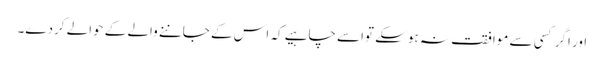
اور اگر کسی سے موافقت نہ ہوسکے تواسے چاہیے کہ اس کے جاننے والے کے حوالے کردے۔